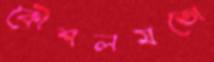
কৌশলমতো